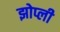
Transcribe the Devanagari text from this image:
झोप्ली